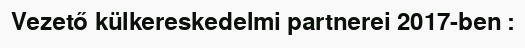
Vezető külkereskedelmi partnerei 2017-ben :